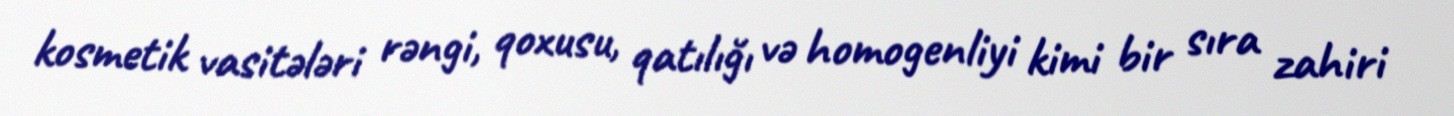
kosmetik vasitələri rəngi, qoxusu, qatılığı və homogenliyi kimi bir sıra zahiri